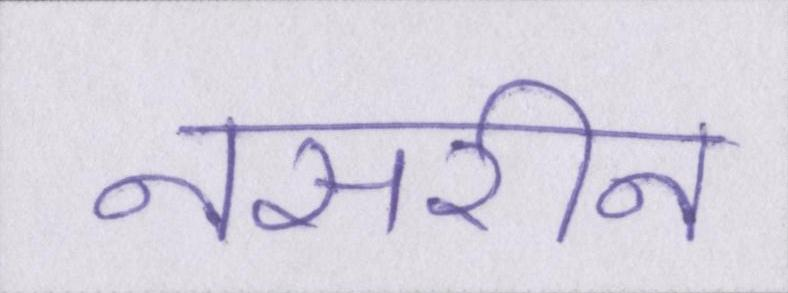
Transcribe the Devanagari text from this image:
नसरीन